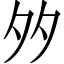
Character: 𡖇